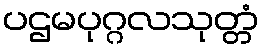
ပဌမပုဂ္ဂလသုတ္တံ